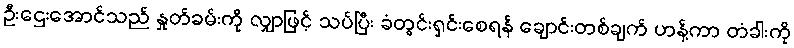
ဦးဌေးအောင်သည် နှုတ်ခမ်းကို လျှာဖြင့် သပ်ပြီး ခံတွင်းရှင်းစေရန် ချောင်းတစ်ချက် ဟန့်ကာ တံခါးကို